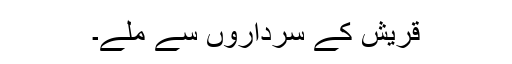
قریش کے سرداروں سے ملے۔